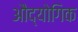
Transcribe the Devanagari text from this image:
औद्योगिक